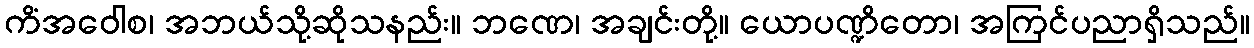
ကိံအဝေါစ၊ အဘယ်သို့ဆိုသနည်း။ ဘဏေ၊ အချင်းတို့။ ယောပဏ္ဍိတော၊ အကြင်ပညာရှိသည်။